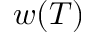
w ( T )